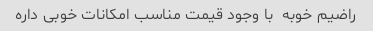
راضیم خوبه  با وجود قیمت مناسب امکانات خوبی داره